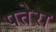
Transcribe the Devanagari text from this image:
पतेरा